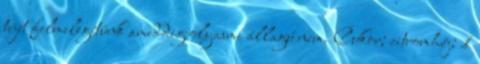
tejet felmelegítünk ameddig olyasmi állagú nem. Cukor; citromhéj; 1